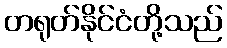
တရုတ်နိုင်ငံတို့သည်